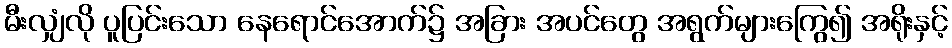
မီးလျှံလို ပူပြင်းသော နေရောင်အောက်၌ အခြား အပင်တွေ အရွက်များကြွေ၍ အရိုးနှင့်